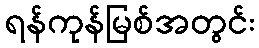
ရန်ကုန်မြစ်အတွင်း